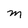
Character: M